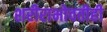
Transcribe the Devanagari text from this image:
शरीराभोवतीही